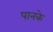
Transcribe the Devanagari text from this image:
पानके